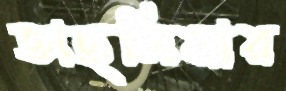
তাছলিমার